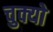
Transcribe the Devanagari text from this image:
चुक्यो